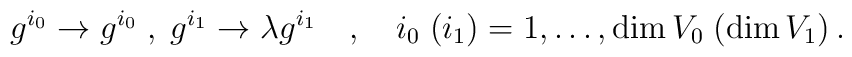
g^{i_{0}} \rightarrow  g^{i_{0}} \; , \; g^{i_{1}} \rightarrow\lambda g^{i_{1}}  \quad,\quad i_0 \; (i_1) = 1, \ldots,\textrm{dim} \, V_0 \; (\textrm{dim} \, V_1) \,.